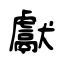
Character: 獻